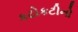
કટોકટીનો